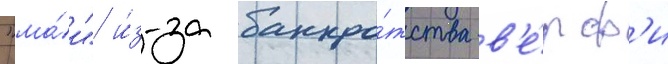
"ма́и" и́з-за банкро́тства в'е́рф'и